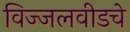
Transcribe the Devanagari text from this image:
विज्जलवीडचे